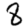
Digit: 8